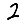
Digit: 2